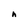
Character: h